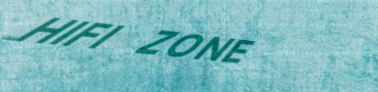
HIFI ZONE